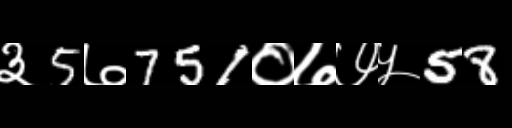
Text: ३5७751०७७५58